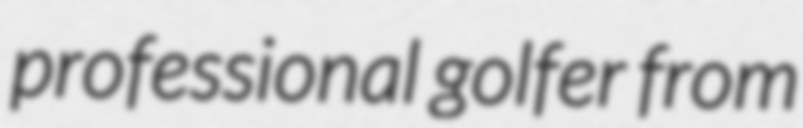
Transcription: professional golfer from